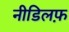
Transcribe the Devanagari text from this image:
नीडिलफ़